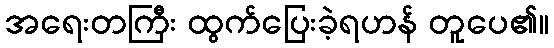
အရေးတကြီး ထွက်ပြေးခဲ့ရဟန် တူပေ၏။